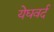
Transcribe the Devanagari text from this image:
येघवर्द